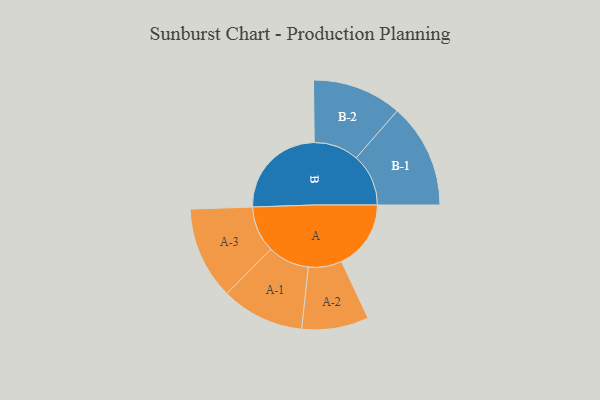
{"axis": {"x": "Segment", "y": "Value"}, "legend": ["", "A", "B"], "data": [{"x": "A", "y": 276, "type": ""}, {"x": "B", "y": 388, "type": ""}, {"x": "A-1", "y": 165, "type": "A"}, {"x": "A-2", "y": 133, "type": "A"}, {"x": "A-3", "y": 184, "type": "A"}, {"x": "B-1", "y": 208, "type": "B"}, {"x": "B-2", "y": 178, "type": "B"}]}